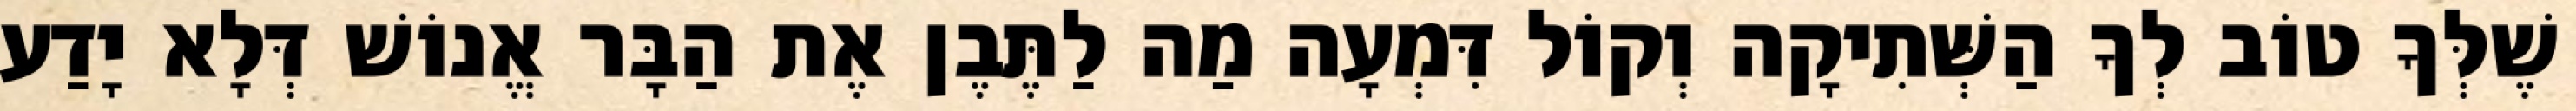
שֶׁלְּךָ טוֹב לְךָ הַשְּׁתִיקָה וְקוֹל דִּמְעָה מַה לַתֶּבֶן אֶת הַבָּר אֱנוֹשׁ דְּלָא יָדַע